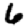
Digit: 6